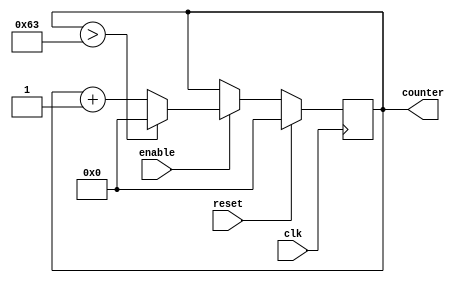
`timescale 1ns / 1ps
//////////////////////////////////////////////////////////////////////////////////
// Company: 
// Engineer: 
// 
// Design Name: 
// Module Name: two_digit_counter
// Project Name: 
// Target Devices: 
// Tool Versions: 
// Description: 
// 
// Dependencies: 
// 
// Revision:
// Revision 0.01 - File Created
// Additional Comments:
// 
//////////////////////////////////////////////////////////////////////////////////


module two_digit_counter(
                                input clk, enable, reset,
                                output reg [7:0] counter
                         );
         initial
            counter = 0;
                 
         always@(posedge clk)
            begin
            
                if (enable == 0)
                    begin
                        counter <= counter;
                    end
                    
                if (enable == 1)
                    begin
                        counter <= counter+1;
                            if(counter > 99)
                                begin
                                    counter <= 0;
                                end
                    end 
                    
                if (reset ==1)
                    begin
                        counter <= 0;
                    end     
                                             
            end
                                  
endmodule